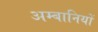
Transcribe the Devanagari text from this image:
अम्बानियों